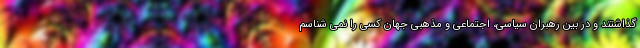
گذاشتند و در بین رهبران سیاسی، اجتماعی و مذهبی جهان کسی را نمی شناسم